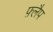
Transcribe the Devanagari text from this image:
फ़्लैप